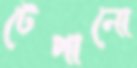
টেপানো